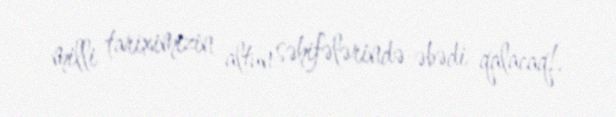
milli tariximizin altun səhifələrində əbədi qalacaq!.